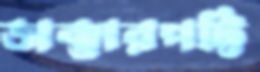
ডাক্তারপট্টি